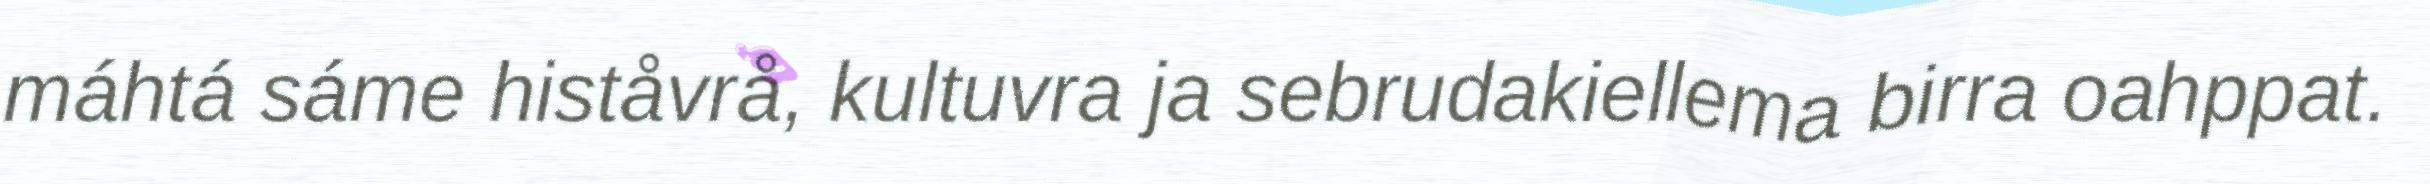
máhtá sáme histåvrå, kultuvra ja sebrudakiellema birra oahppat.